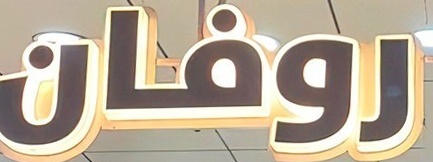
روفان